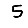
Digit: 5